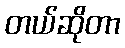
တယ်ဆိုတာ